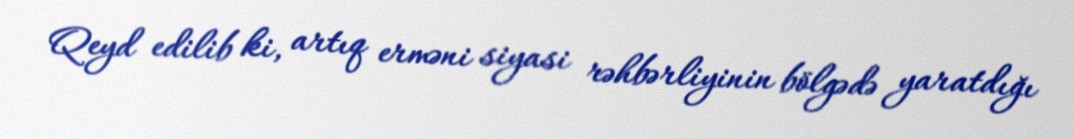
Qeyd edilib ki, artıq erməni siyasi rəhbərliyinin bölgədə yaratdığı